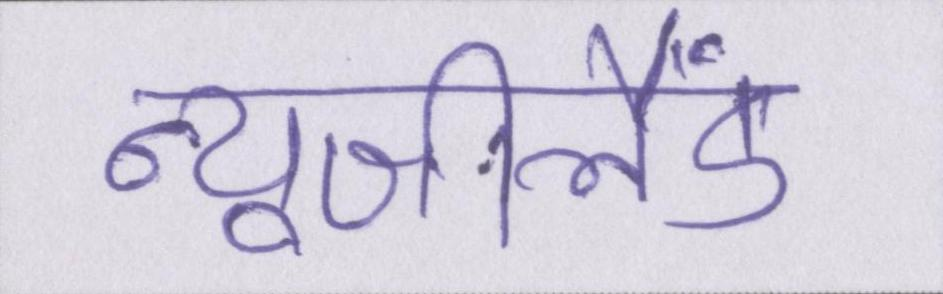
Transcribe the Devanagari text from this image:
न्यूजीलैंड